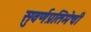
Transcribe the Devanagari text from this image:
सुवर्णप्रतिमेची